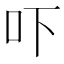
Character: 吓